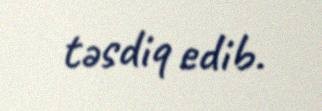
təsdiq edib.